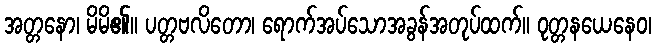
အတ္တနော၊ မိမိ၏။ ပတ္တဗလိတော၊ ရောက်အပ်သောအခွန်အတုပ်ထက်။ ဝုတ္တနယေနေဝ၊